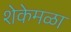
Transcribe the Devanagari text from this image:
शेकेमळा